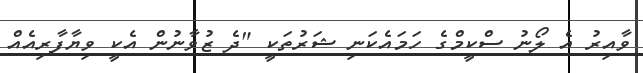
ވާއިރު އެ ލޯނު ސްކީމްގެ ހަމައެކަނި ޝަރުތަކީ "ދެ ޒުވާނުން އެކީ ވިޔާފާރިއެއް